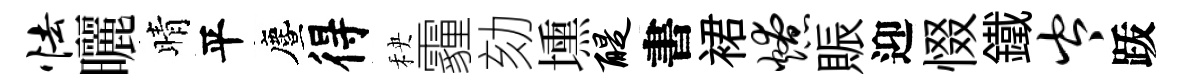
怯曬晴平󵨌得秧霾劾壎醍書裙燎賑迎惙鐵岑䟦